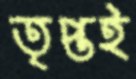
তৃপ্তই